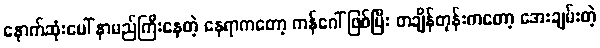
နောက်ဆုံးပေါ် နာမည်ကြီးနေတဲ့ နေရာကတော့ ကန်ဂေါ် ဖြစ်ပြီး တချိန်တုန်းကတော့ အေးချမ်းတဲ့